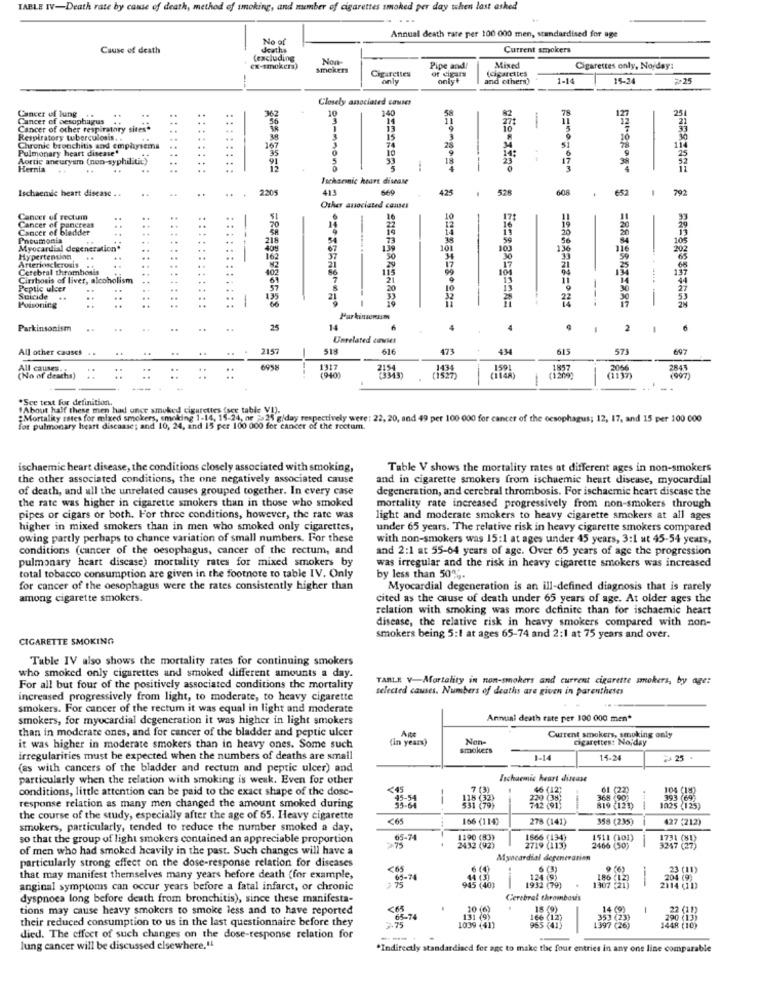
TABLE IV-Death rate by cause of death, method of smoking, and member of cigarettes smoked per day when last asked
No of
Annual death rate per 100 000 men, standardised for age
Cause of death
deaths
Current smokers
(excluding
Non-
Cx-smokers)
Smokers
Cigarettes
Pipe and!
(cigarettes
Mixed
Cigarettes only, No/day:
only
onlyt
and others)
1-14
15-24
+25
Closely anociated causes
Cancer of lung
10
Cancer of oesophagus
3
140
14
11
-
251
Cancer of other respiratary sites*
10
Respiratory tuberculosis. .
..
3
15
Pulmonary heart disease'
Chronic bronchitis and emphysema
167
74
10
11
Aortic aneurysm (non-syphilitic)
33
14:
Hernia
..
---
p=nonorm
Ischarmnic heart disease
Ischaemic heart disease . .
..
..
2205
413
669
425
528
608
.
652
792
Other associated causes
Cancer of rectum
20
16
10
17
Cancer of pancreat
Cancer of bladder
-
19
22
16
Pneumonia
218
Myocardial degeneration"
409
67
13
101
103
Hypertension
Arteriosclerosis
162
Cerebral thrombosis
. .
21
17
Cirrhosis of liver, alcoholism
21
11
Peptic ulcer
57
is
Suicide
135
----
--
Poisoning
--
Parkinsonam
Parkinsonism
..
25
14
4
.
2
.
Unrelated cavies
All other causes
..
2157
518
616
473
434
615
573
697
All causes.
6952
1317
2154
1434
1591
1857
2066
2845
(997)
(No of deaths)
(9401
(1209)
.Sce text For definition.
1 About half these men had once smoked cigarettes (see table VI).
:Mortality rates for mixed smokers, smoking 1-14, 15-24, or ".25 g/day respectively were: 22, 20, and 49 per 100 000 for cancer of the oesophagus; 12, 17, and 15 per 100 000
for pulmonary heart discaase; and 10, 24, and 15 per 100 000 for cancer of the rectum.
ischaemic heart disease, the conditions closely associated with smoking,
Table V shows the mortality rates at different ages in non-smokers
the other associated conditions, the one negatively associated cause
and in cigarette smokers from ischaemic heart disease, myocardial
of death, and all the unrelated causes grouped together. In every case
degeneration, and cerebral thrombosis. For ischaemic heart disease the
the rate was higher in cigarette smokers than in those who smoked
mortality rate increased progressively from non-smokers through
pipes or cigars or both. For three conditions, however, the rate was
light and moderate smokers to heavy cigarette smokers at all ages
higher in mixed smokers than in men who smoked only cigarettes,
under 65 years. The relative risk in heavy cigarette smokers compared
owing partly perhaps to chance variation of small numbers. For these
with non-smokers was 15:1 at ages under 45 years, 3:1 ut 45-54 years,
conditions (cancer of the oesophagus, cancer of the rectum, and
and 2:1 at 55-64 years of age. Over 65 years of age the progression
pulmonary heart disease) mortality rates for mixed smokers by
was irregular and the risk in heavy cigarette smokers was increased
total tobacco consumption are given in the footnote to table IV. Only
by less than 50%.
for cancer of the oesophagus were the rates consistently higher than
Myocardial degeneration is an ill-defined diagnosis that is rarely
among cigarette smokers.
cited as the cause of death under 65 years of age. At older ages the
relation with smoking was more definite than for ischaemic heart
disease, the relative risk in heavy smokers compared with non-
CIGARETTE SMOKING
smokers being 5:1 at ages 65-74 and 2:1 at 75 years and over.
Table IV also shows the mortality rates for continuing smokers
who smoked only cigarettes and smoked different amounts a day.
TARLE V-Mortality in non-smokers and current cigarette smokers, by age:
For all but four of the positively associated conditions the mortality
selected causes. Numbers of deaths are given in parentheses
increased progressively from light, to moderate, to heavy cigarette
smokers. For cancer of the rectum it was equal in light and moderate
smokers, for myocardial degeneration it was higher in light smokers
Annual death rate per 100 000 men*
than in moderate ones, and for cancer of the bladder and peptic ulcer
Ans
(in years)
Non-
Current smokers, smoking only
cigarettes: No;day
it was higher in moderate smokers than in heavy ones. Some such
smokers
irregularities must be expected when the numbers of deaths are small
1-14
14-24
225
(as with cancers of the bladder and rectum and peptic ulcer) and
particularly when the relation with smoking is weak. Even for other
Ischaemic heart disease
conditions, little attention can be paid to the exact shape of the dosc-
<45
7 (3)
61 (22)
104 (19)
response relation as many men changed the amount smoked during
the course of the study, especially after the age of 65. Heavy cigarette
€65
166 (114)
278 (141)
358 (235)
427 (212)
smokers, particularly, tended to reduce the number smoked a day,
so that the group of light smokers contained an appreciable proportion
65-74
1190 (83)
1866 (134)
1511 (101)
of men who had smoked heavily in the past. Such changes will have a
>75
2432 (92)
2719 (113)
2466 (50)
particularly strong effect on the dose-response relation for diseases
Myocardial degeneration
9 (6)
23 (11)
that may manifest themselves many years before death (for example,
2 75
65-74
44 (3)
1
124 (9)
1307 (21)
186 (12)
204 (9)
anginal symptoms can occur years before a fatal infarct, or chronic
945 (40)
1932 (79)
2314 (11)
dyspnoea long before death from bronchitis), since these manifesta-
Cerebral thrombosis
tions may cause heavy smokers to smoke less and to have reported
18 (9)
14 (9)
22 (11)
their reduced consumption to us in the last questionnaire before they
63-74
131 499
166 (12)
965 (41)
353 (23)
290 (13)
2.75
1039 (41)
1448 (10)
died. The effect of such changes on the dose-response relation for
lung cancer will be discussed elsewhere,".
*Indirectly standardised for age to make the four entries in any one line comparable